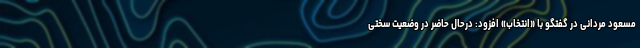
مسعود مردانی در گفتگو با «انتخاب» افزود: درحال حاضر در وضعیت سختی